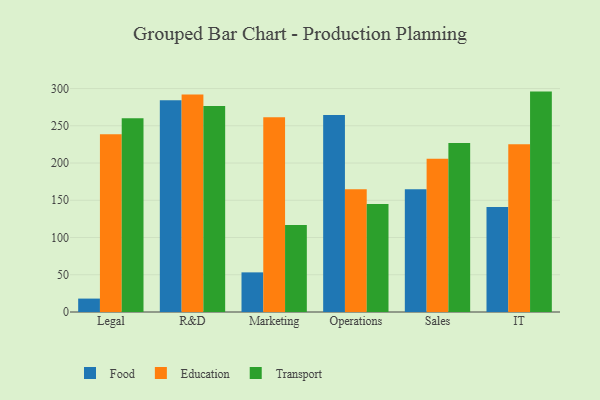
{"axis": {"x": "Department", "y": "Market Share (%)"}, "legend": ["Education", "Food", "Transport"], "data": [{"x": "Legal", "y": 18.0, "type": "Food"}, {"x": "Legal", "y": 238.5, "type": "Education"}, {"x": "Legal", "y": 260.0, "type": "Transport"}, {"x": "R&D", "y": 284.4, "type": "Food"}, {"x": "R&D", "y": 292.1, "type": "Education"}, {"x": "R&D", "y": 276.5, "type": "Transport"}, {"x": "Marketing", "y": 53.2, "type": "Food"}, {"x": "Marketing", "y": 261.6, "type": "Education"}, {"x": "Marketing", "y": 116.8, "type": "Transport"}, {"x": "Operations", "y": 264.5, "type": "Food"}, {"x": "Operations", "y": 164.9, "type": "Education"}, {"x": "Operations", "y": 144.9, "type": "Transport"}, {"x": "Sales", "y": 164.9, "type": "Food"}, {"x": "Sales", "y": 205.9, "type": "Education"}, {"x": "Sales", "y": 226.8, "type": "Transport"}, {"x": "IT", "y": 140.9, "type": "Food"}, {"x": "IT", "y": 225.2, "type": "Education"}, {"x": "IT", "y": 295.9, "type": "Transport"}]}